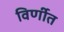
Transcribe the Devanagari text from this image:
विर्णीत